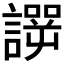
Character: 𰵆